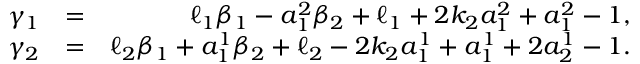
\begin{array} { r l r } { \gamma _ { 1 } } & { = } & { \ell _ { 1 } \beta _ { 1 } - a _ { 1 } ^ { 2 } \beta _ { 2 } + \ell _ { 1 } + 2 k _ { 2 } a _ { 1 } ^ { 2 } + a _ { 1 } ^ { 2 } - 1 , } \\ { \gamma _ { 2 } } & { = } & { \ell _ { 2 } \beta _ { 1 } + a _ { 1 } ^ { 1 } \beta _ { 2 } + \ell _ { 2 } - 2 k _ { 2 } a _ { 1 } ^ { 1 } + a _ { 1 } ^ { 1 } + 2 a _ { 2 } ^ { 1 } - 1 . } \end{array}